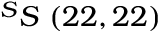
^ { S } S \ ( 2 2 , 2 2 )